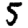
Digit: 5